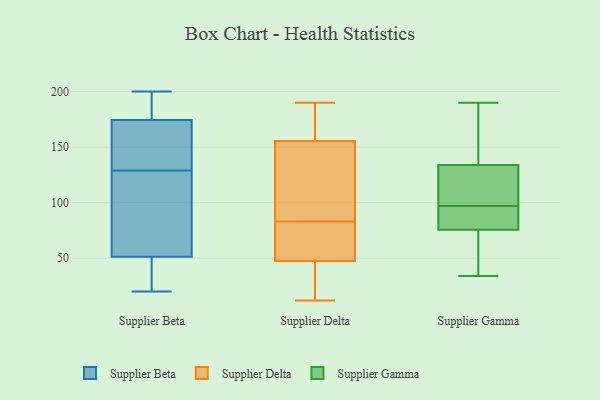
{"axis": {"x": "Waste Production (Tons)", "y": "Value"}, "legend": ["Supplier Beta", "Supplier Delta", "Supplier Gamma"], "data": [{"x": "", "y": 161, "type": "Supplier Beta"}, {"x": "", "y": 120, "type": "Supplier Beta"}, {"x": "", "y": 176, "type": "Supplier Beta"}, {"x": "", "y": 184, "type": "Supplier Beta"}, {"x": "", "y": 174, "type": "Supplier Beta"}, {"x": "", "y": 55, "type": "Supplier Beta"}, {"x": "", "y": 141, "type": "Supplier Beta"}, {"x": "", "y": 20, "type": "Supplier Beta"}, {"x": "", "y": 200, "type": "Supplier Beta"}, {"x": "", "y": 21, "type": "Supplier Beta"}, {"x": "", "y": 49, "type": "Supplier Beta"}, {"x": "", "y": 200, "type": "Supplier Beta"}, {"x": "", "y": 129, "type": "Supplier Beta"}, {"x": "", "y": 52, "type": "Supplier Beta"}, {"x": "", "y": 54, "type": "Supplier Beta"}, {"x": "", "y": 41, "type": "Supplier Beta"}, {"x": "", "y": 155, "type": "Supplier Beta"}, {"x": "", "y": 110, "type": "Supplier Delta"}, {"x": "", "y": 154, "type": "Supplier Delta"}, {"x": "", "y": 12, "type": "Supplier Delta"}, {"x": "", "y": 156, "type": "Supplier Delta"}, {"x": "", "y": 61, "type": "Supplier Delta"}, {"x": "", "y": 28, "type": "Supplier Delta"}, {"x": "", "y": 133, "type": "Supplier Delta"}, {"x": "", "y": 175, "type": "Supplier Delta"}, {"x": "", "y": 186, "type": "Supplier Delta"}, {"x": "", "y": 46, "type": "Supplier Delta"}, {"x": "", "y": 20, "type": "Supplier Delta"}, {"x": "", "y": 159, "type": "Supplier Delta"}, {"x": "", "y": 190, "type": "Supplier Delta"}, {"x": "", "y": 65, "type": "Supplier Delta"}, {"x": "", "y": 52, "type": "Supplier Delta"}, {"x": "", "y": 72, "type": "Supplier Delta"}, {"x": "", "y": 83, "type": "Supplier Delta"}, {"x": "", "y": 18, "type": "Supplier Delta"}, {"x": "", "y": 90, "type": "Supplier Delta"}, {"x": "", "y": 93, "type": "Supplier Gamma"}, {"x": "", "y": 190, "type": "Supplier Gamma"}, {"x": "", "y": 92, "type": "Supplier Gamma"}, {"x": "", "y": 167, "type": "Supplier Gamma"}, {"x": "", "y": 101, "type": "Supplier Gamma"}, {"x": "", "y": 125, "type": "Supplier Gamma"}, {"x": "", "y": 52, "type": "Supplier Gamma"}, {"x": "", "y": 75, "type": "Supplier Gamma"}, {"x": "", "y": 77, "type": "Supplier Gamma"}, {"x": "", "y": 99, "type": "Supplier Gamma"}, {"x": "", "y": 53, "type": "Supplier Gamma"}, {"x": "", "y": 97, "type": "Supplier Gamma"}, {"x": "", "y": 174, "type": "Supplier Gamma"}, {"x": "", "y": 137, "type": "Supplier Gamma"}, {"x": "", "y": 34, "type": "Supplier Gamma"}]}